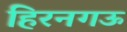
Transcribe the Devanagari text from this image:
हिरनगऊ